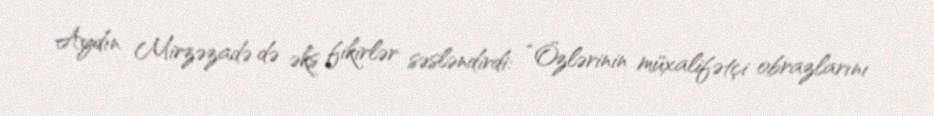
Aydın Mirzəzadə də əks fikirlər səsləndirdi: “Özlərinin müxalifətçi obrazlarını